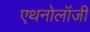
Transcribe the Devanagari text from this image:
एथनोलॉजी